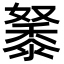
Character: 𪏷